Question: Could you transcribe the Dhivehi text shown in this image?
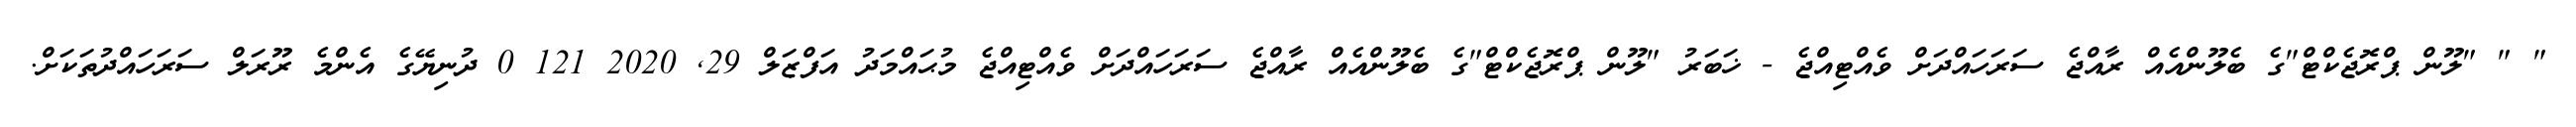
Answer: " " "ލޫން ޕްރޮޖެކްޓް"ގެ ބެލޫންއެއް ރާއްޖެ ސަރަހައްދަށް ވެއްޓިއްޖެ - ޚަބަރު "ލޫން ޕްރޮޖެކްޓް"ގެ ބެލޫންއެއް ރާއްޖެ ސަރަހައްދަށް ވެއްޓިއްޖެ މުޙައްމަދު އަފްޒަލް 29, 2020 121 0 ދުނިޔޭގެ އެންމެ ރޫރަލް ސަރަހައްދުތަކަށް.